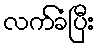
လက်ခံပြီး